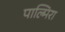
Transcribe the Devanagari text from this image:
पाल्मिरा